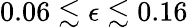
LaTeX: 0.06\lesssim\epsilon\lesssim 0.16